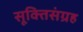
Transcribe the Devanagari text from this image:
सूक्तिसंग्रह